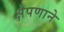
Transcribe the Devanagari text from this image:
क्षेपणाने